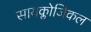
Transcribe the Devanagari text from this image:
सायक्लोजिकल